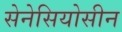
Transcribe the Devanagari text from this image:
सेनेसियोसीन